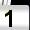
Digit: 1